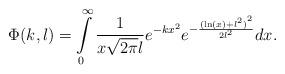
LaTeX: \begin{align*}\Phi(k,l) = \int\limits_0^\infty {\frac{1}{{x\sqrt {2\pi } l}}} {e^{ - k{x^2}}}{e^{ - \frac{{{{(\ln (x) + {l^2})}^2}}}{{2{l^2}}}}}dx.\end{align*}